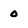
Character: o